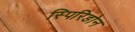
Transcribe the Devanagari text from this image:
स्पिरिडोन